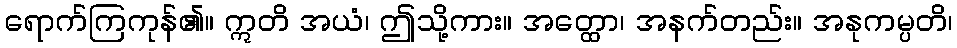
ရောက်ကြကုန်၏။ ဣတိ အယံ၊ ဤသို့ကား။ အတ္ထော၊ အနက်တည်း။ အနုကမ္ပတိ၊